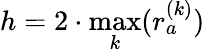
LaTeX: h=2\cdot\operatorname*{max}_{k}(r_{a}^{(k)})